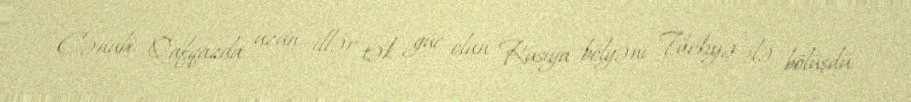
Cənubi Qafqazda uzun illər tək güc olan Rusiya bölgəni Türkiyə ilə bölüşdü.